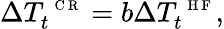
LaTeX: \Delta T_{t}^{\mathrm{~\scriptsize~C~R~}}=b\Delta T_{t}^{\mathrm{~\scriptsize~H~F~}},